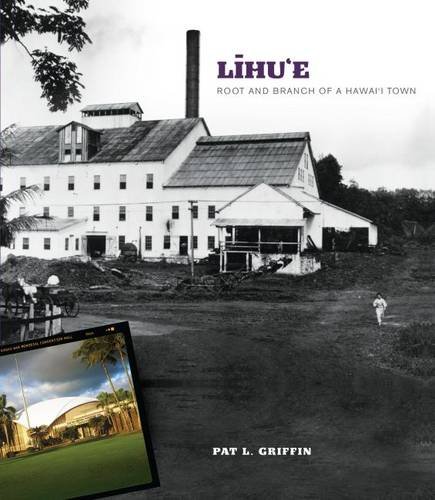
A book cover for Lihu'e: Root and Branch of a Hawai'i Town; Pat L. Griffin; History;